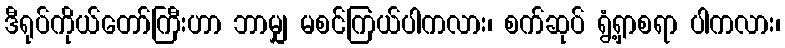
ဒီရုပ်ကိုယ်တော်ကြီးဟာ ဘာမျှ မစင်ကြယ်ပါကလား၊ စက်ဆုပ် ရွံ့ရှာစရာ ပါကလား၊